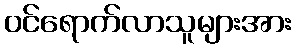
ဝင်ရောက်လာသူများအား